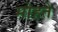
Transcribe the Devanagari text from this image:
मोहते